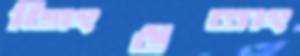
জিংউতাং